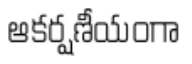
ఆకర్షణీయంగా